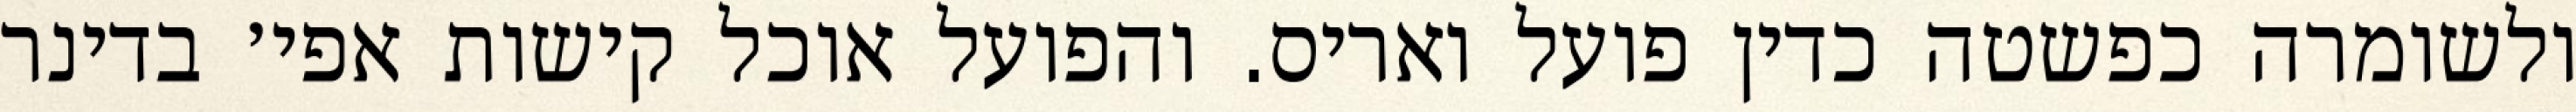
ולשומרה כפשטה כדין פועל ואריס. והפועל אוכל קישות אפי׳ בדינר